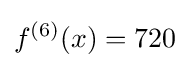
f^{(6)}(x)=720